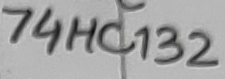
Text: 74HC132